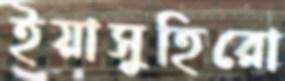
ইয়াসুহিরো